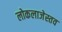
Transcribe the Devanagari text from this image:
लोकलाजेस्तव